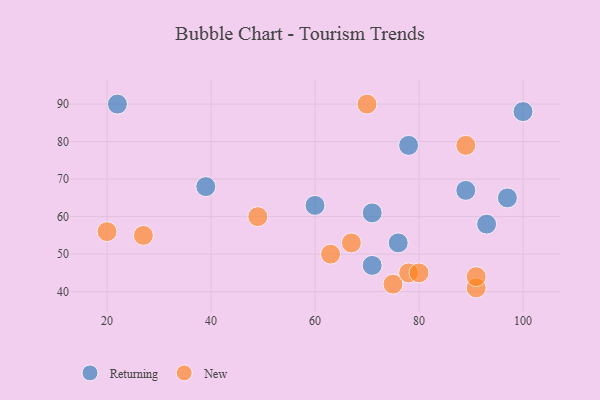
{"axis": {"x": "GDP", "y": "Life Expectancy"}, "legend": ["New", "Returning"], "data": [{"x": "39", "y": 68, "type": "Returning"}, {"x": "93", "y": 58, "type": "Returning"}, {"x": "60", "y": 63, "type": "Returning"}, {"x": "97", "y": 65, "type": "Returning"}, {"x": "78", "y": 79, "type": "Returning"}, {"x": "22", "y": 90, "type": "Returning"}, {"x": "76", "y": 53, "type": "Returning"}, {"x": "71", "y": 47, "type": "Returning"}, {"x": "100", "y": 88, "type": "Returning"}, {"x": "89", "y": 67, "type": "Returning"}, {"x": "71", "y": 61, "type": "Returning"}, {"x": "75", "y": 42, "type": "New"}, {"x": "78", "y": 45, "type": "New"}, {"x": "91", "y": 41, "type": "New"}, {"x": "63", "y": 50, "type": "New"}, {"x": "70", "y": 90, "type": "New"}, {"x": "49", "y": 60, "type": "New"}, {"x": "91", "y": 44, "type": "New"}, {"x": "20", "y": 56, "type": "New"}, {"x": "89", "y": 79, "type": "New"}, {"x": "27", "y": 55, "type": "New"}, {"x": "67", "y": 53, "type": "New"}, {"x": "80", "y": 45, "type": "New"}]}